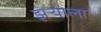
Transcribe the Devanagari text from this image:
झऱ्याला